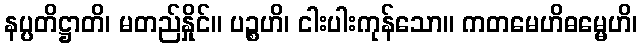
နပ္ပတိဋ္ဌာတိ၊ မတည်နှိုင်။ ပဉ္စဟိ၊ ငါးပါးကုန်သော။ ကတမေဟိဓမ္မေဟိ၊